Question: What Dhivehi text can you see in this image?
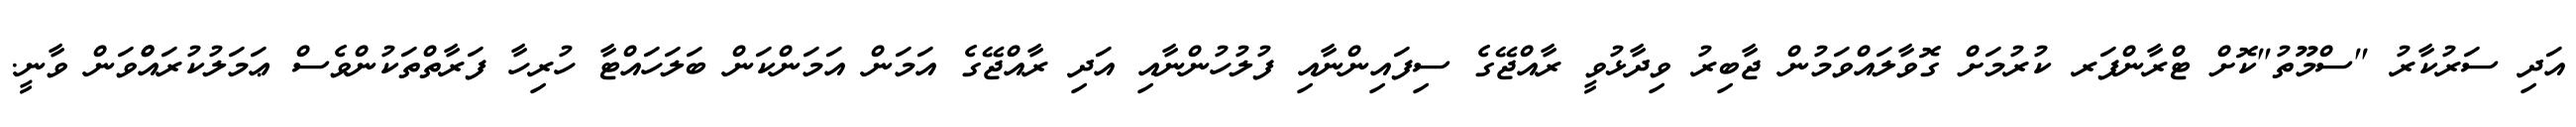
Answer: އަދި ސަރުކާރު "ސްމޫތު"ކޮށް ޓްރާންފަރ ކުރުމަށް ގޮވާލައްވަމުން ޖާބިރު ވިދާޅުވީ ރާއްޖޭގެ ސިފައިންނާއި ފުލުހުންނާއި އަދި ރާއްޖޭގެ އަމަން އަމަންކަން ބަލަހައްޓާ ހުރިހާ ފަރާތްތަކުންވެސް ޢަމަލުކުރައްްވަން ވާނީ.